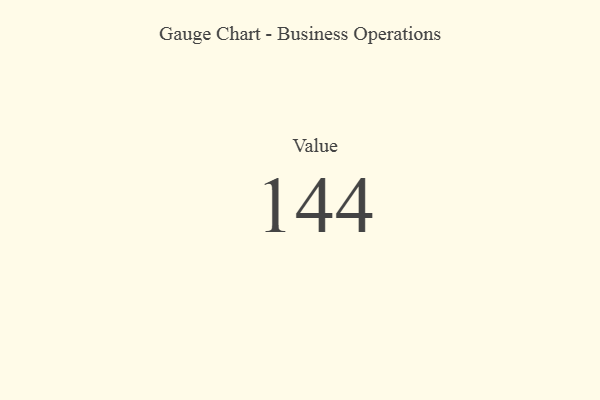
{"axis": {"x": "Metric", "y": "Value"}, "legend": [""], "data": [{"x": "Value", "y": 144, "type": ""}]}